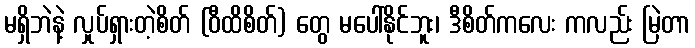
မရှိဘဲနဲ့ လှုပ်ရှားတဲ့စိတ် (ဝီထိစိတ်) တွေ မပေါ်နိုင်ဘူး၊ ဒီစိတ်ကလေး ကလည်း မြဲတာ